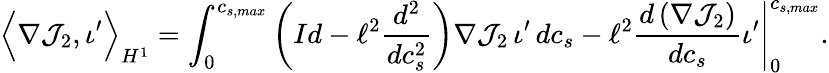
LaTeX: \Big\langle\nabla\mathcal{J}_{2},\iota^{\prime}\Big\rangle_{H^{1}}=\int_{0}^{c_{s,max}}\left(Id-\ell^{2}\frac{d^{2}}{dc_{s}^{2}}\right)\nabla\mathcal{J}_{2}\, \iota^{\prime}\, dc_{s}-\ell^{2}\frac{d\left(\nabla\mathcal{J}_{2}\right)}{dc_{s}}\iota^{\prime}\Bigg|_{0}^{c_{s,max}}.